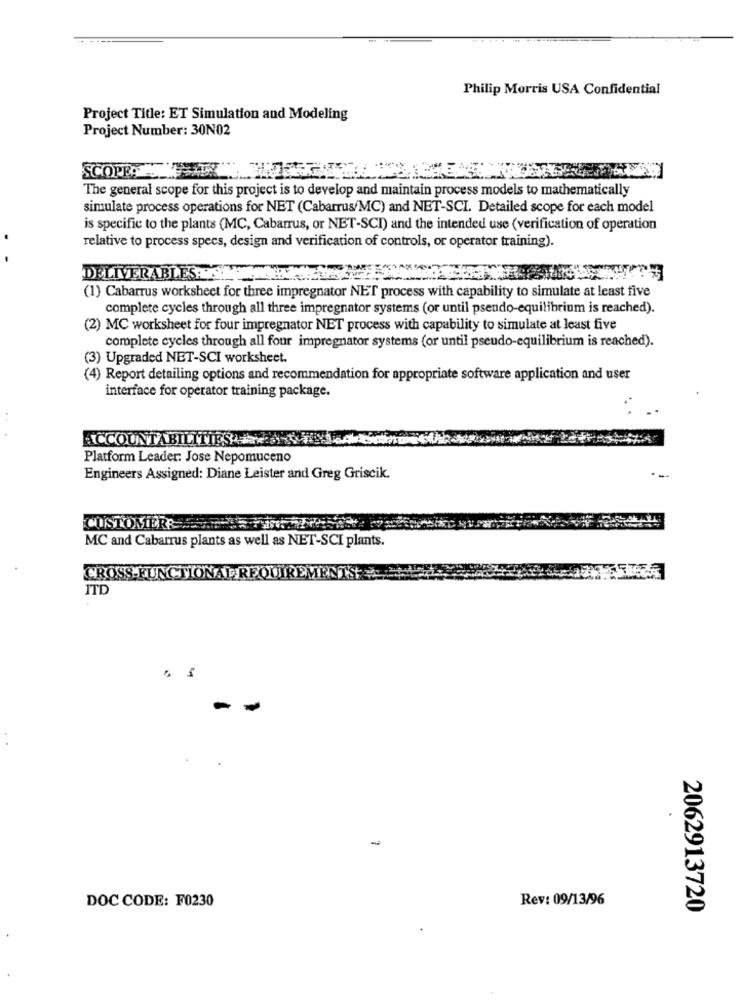
Philip Morris USA Confidential
Project Title: ET Simulation and Modeling
Project Number: 30N02
SCOPRO
The general scope for this project is to develop and maintain process models to mathematically
simulate process operations for NET (Cabarrus/MC) and NET-SCI. Detailed scope for each model
is specific to the plants (MC, Cabarrus, or NET-SCI) and the intended use (verification of operation
relative to process specs, design and verification of controls, or operator training).
DELIVERABLES.M.
(1) Cabarrus worksheet for three impregnator NET process with capability to simulate at least five
complete cycles through all three impregnator systems (or until pseudo-equilibrium is reached).
(2) MC worksheet for four impregnator NET process with capability to simulate at least five
complete cycles through all four impregnator systems (or until pseudo-equilibrium is reached).
(3) Upgraded NET-SCI worksheet.
(4) Report detailing options and recommendation for appropriate software application and user
interface for operator training package.
ACCOUNTABILITIES #a.s
Platform Leader: Jose Nepomuceno
Engineers Assigned: Diane Leister and Greg Griscik.
CUSTOMER
MC and Cabarrus plants as well as NET-SCI plants.
CROSS-FUNCTIONAL REQUIREMENTS
ITD
-
-
DOC CODE: F0230
Rev: 09/13/96
2062913720